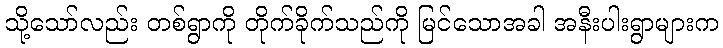
သို့သော်လည်း တစ်ရွာကို တိုက်ခိုက်သည်ကို မြင်သောအခါ အနီးပါးရွာများက